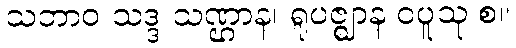
သဘာဝ သဒ္ဒ သဏ္ဌာန၊ ရူပဇ္ဈာန ဝပူသု စ။